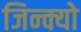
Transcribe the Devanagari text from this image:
जिन्क्यो